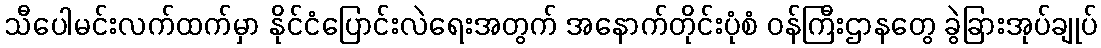
သီပေါမင်းလက်ထက်မှာ နိုင်ငံပြောင်းလဲရေးအတွက် အနောက်တိုင်းပုံစံ ဝန်ကြီးဌာနတွေ ခွဲခြားအုပ်ချုပ်